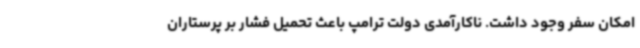
امکان سفر ‌وجود داشت. ناکارآمدی دولت ترامپ باعث تحمیل فشار بر پرستاران